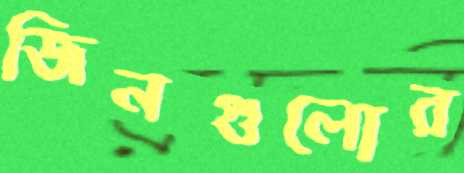
জিনগুলোর